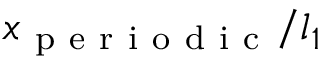
x _ { \mathrm { ~ p ~ e ~ r ~ i ~ o ~ d ~ i ~ c ~ } } / l _ { 1 }